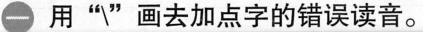
一 用”\”画去加点字的错误读音。